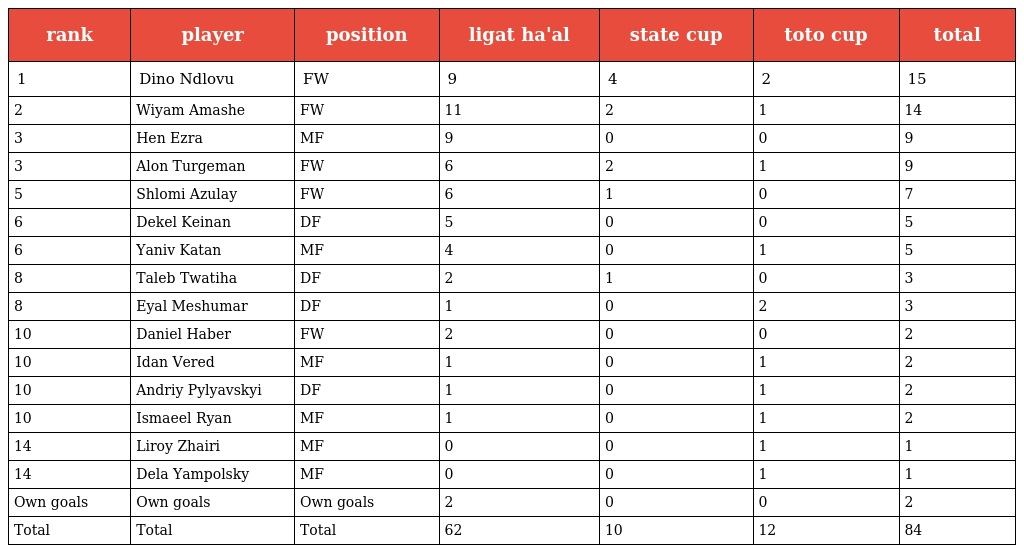
| rank | player | position | ligat ha'al | state cup | toto cup | total |
 | --- | --- | --- | --- | --- | --- | --- |
 | 1 | Dino Ndlovu | FW | 9 | 4 | 2 | 15 |
 | 2 | Wiyam Amashe | FW | 11 | 2 | 1 | 14 |
 | 3 | Hen Ezra | MF | 9 | 0 | 0 | 9 |
 | 3 | Alon Turgeman | FW | 6 | 2 | 1 | 9 |
 | 5 | Shlomi Azulay | FW | 6 | 1 | 0 | 7 |
 | 6 | Dekel Keinan | DF | 5 | 0 | 0 | 5 |
 | 6 | Yaniv Katan | MF | 4 | 0 | 1 | 5 |
 | 8 | Taleb Twatiha | DF | 2 | 1 | 0 | 3 |
 | 8 | Eyal Meshumar | DF | 1 | 0 | 2 | 3 |
 | 10 | Daniel Haber | FW | 2 | 0 | 0 | 2 |
 | 10 | Idan Vered | MF | 1 | 0 | 1 | 2 |
 | 10 | Andriy Pylyavskyi | DF | 1 | 0 | 1 | 2 |
 | 10 | Ismaeel Ryan | MF | 1 | 0 | 1 | 2 |
 | 14 | Liroy Zhairi | MF | 0 | 0 | 1 | 1 |
 | 14 | Dela Yampolsky | MF | 0 | 0 | 1 | 1 |
 | Own goals | Own goals | Own goals | 2 | 0 | 0 | 2 |
 | Total | Total | Total | 62 | 10 | 12 | 84 |